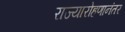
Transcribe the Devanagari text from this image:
राज्यारोहणानंतर